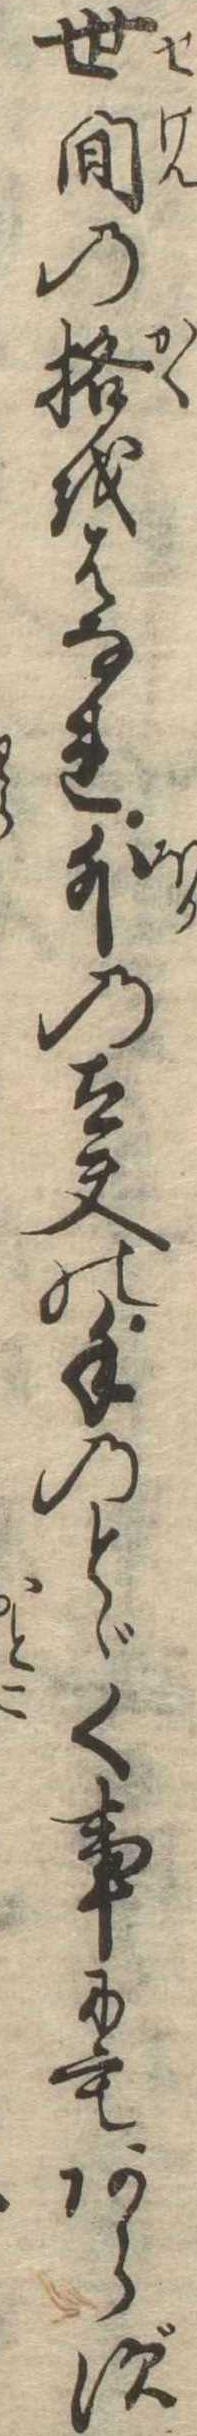
世間の格をはなれ外の太夫の手のとゞく事にもあらず